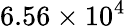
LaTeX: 6.56\times 10^{4}